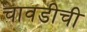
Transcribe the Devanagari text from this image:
चावडीची